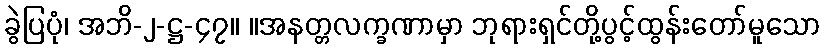
ခွဲပြပုံ၊ အဘိ-၂-ဋ္ဌ-၄၇။ ။အနတ္တလက္ခဏာမှာ ဘုရားရှင်တို့ပွင့်ထွန်းတော်မူသော